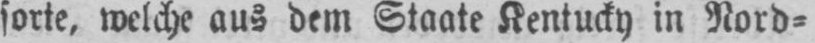
sorte, welche aus dem Staate Kentucky in Nord⸗